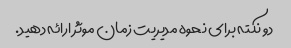
دو نکته برای نحوه مدیریت زمان موثر ارائه دهید.